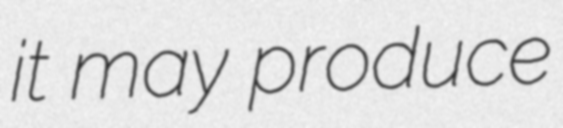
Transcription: it may produce